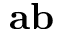
\mathbf { a b }